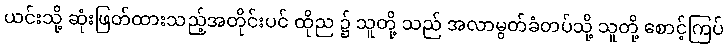
ယင်းသို့ ဆုံးဖြတ်ထားသည့်အတိုင်းပင် ထိုည ၌ သူတို့ သည် အလာမွတ်ခံတပ်သို့ သူတို့ စောင့်ကြပ်